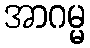
အာဂမ္မ